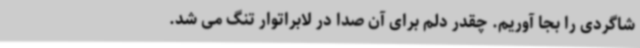
شاگردی را بجا آوریم. چقدر دلم برای آن صدا در لابراتوار تنگ می شد.